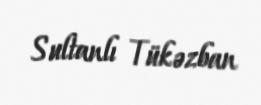
Sultanlı Tükəzban